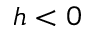
h < 0